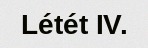
Létét IV.